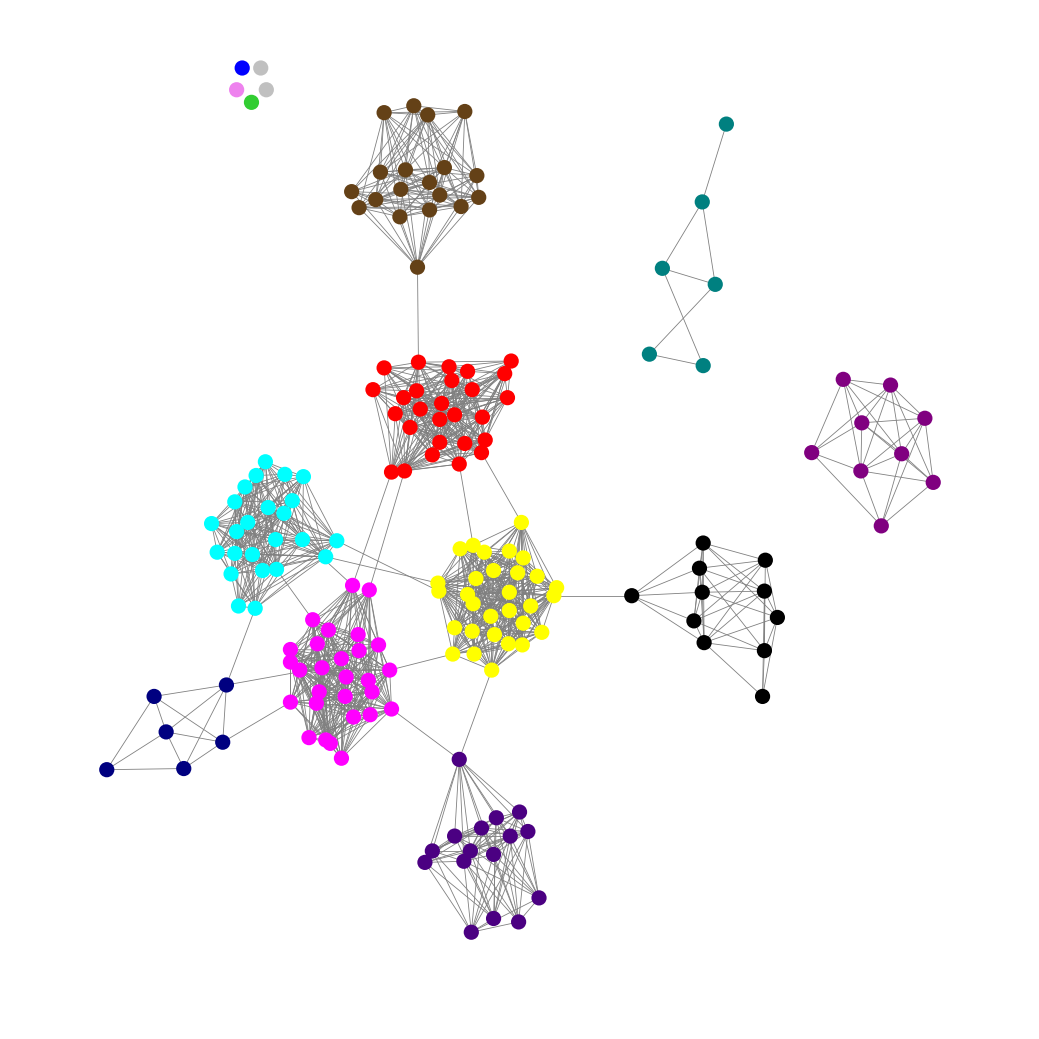
Graph connected: No
Number of connected components: 8
Number of singletons: 5
Total number of nodes: 181
Total number of edges: 1330
Number of communities: 14
Community sizes:
Aqua: 24
Black: 11
Blue: 1
Fuchsia: 28
Indigo: 16
Lime Green: 1
Navy: 6
Pullman Brown: 19
Purple: 9
Red: 27
Silver: 2
Teal: 6
Violet: 1
Yellow: 30
Graph layout: tda
Graph generation method: erdos_renyi